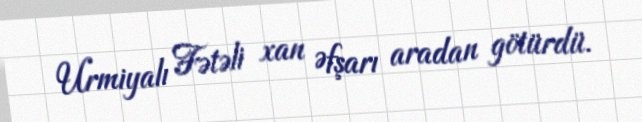
Urmiyalı Fətəli xan Əfşarı aradan götürdü.